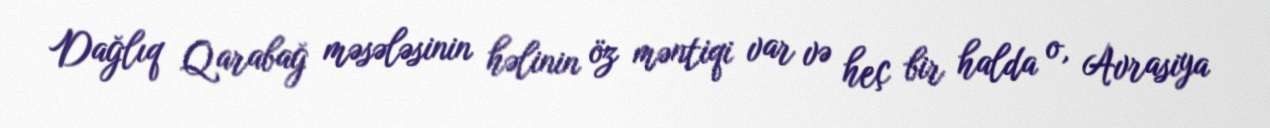
Dağlıq Qarabağ məsələsinin həlinin öz məntiqi var və heç bir halda o, Avrasiya